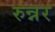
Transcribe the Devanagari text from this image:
रुन्नर